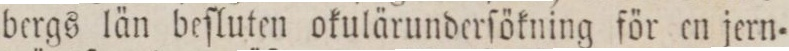
bergs län beſluten okulärunderſökning för en jern=